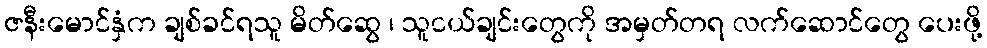
ဇနီးမောင်နှံက ချစ်ခင်ရသူ မိတ်ဆွေ ၊ သူငယ်ချင်းတွေကို အမှတ်တရ လက်ဆောင်တွေ ပေးဖို့